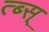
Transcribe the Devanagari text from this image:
त्ब्स्